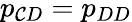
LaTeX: p_{\mathcal{C}D}=p_{DD}